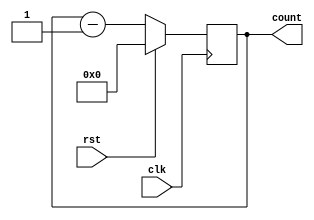
module downcounter(clk,rst,count);
input clk,rst;
output[3:0]count;
reg[3:0]count;
always@(posedge clk)
begin
if(rst)
count<=4'b0;
else
count <=count-1;
end
endmodule